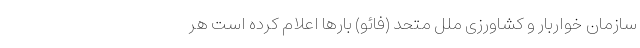
سازمان خواربار و کشاورزی ملل متحد (فائو) بارها اعلام کرده است هر